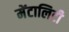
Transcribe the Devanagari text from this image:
मेंटालिटी